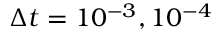
\Delta t = 1 0 ^ { - 3 } , 1 0 ^ { - 4 }